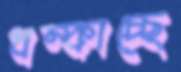
ধম্‌কাচ্ছে